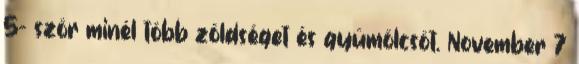
5- ször minél több zöldséget és gyümölcsöt. November 7